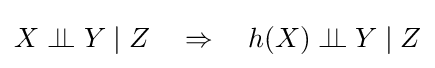
X\perp \!\!\!\perp Y\mid Z\quad \Rightarrow \quad h(X)\perp \!\!\!\perp Y\mid Z